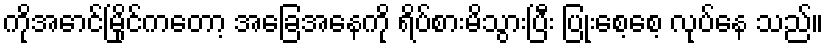
ကိုအောင်မြိုင်ကတော့ အခြေအနေကို ရိပ်စားမိသွားပြီး ပြုံးစေ့စေ့ လုပ်နေ သည်။